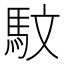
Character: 馼